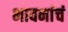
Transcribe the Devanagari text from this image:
भावनांचं